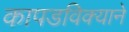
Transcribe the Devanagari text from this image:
कापडविक्याने